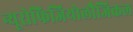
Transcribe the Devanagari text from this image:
न्यूरोफिजियोलौजिकल